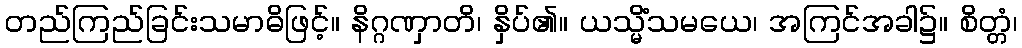
တည်ကြည်ခြင်းသမာဓိဖြင့်။ နိဂ္ဂဏှာတိ၊ နှိပ်၏။ ယသ္မိံသမယေ၊ အကြင်အခါ၌။ စိတ္တံ၊